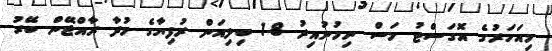
މިއަހަރުގެ އޮގަސްޓު މަސް ނިމުނުއިރު 1.8 ބިލިއަން ރުފިޔާގެ މުދާ ރާއްޖޭން ބޭރު